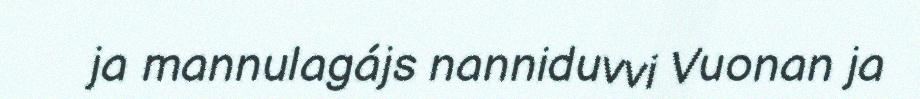
ja mannulagájs nanniduvvi Vuonan ja